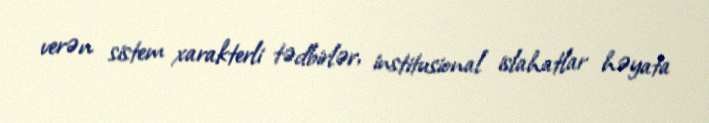
verən sistem xarakterli tədbirlər, institusional islahatlar həyata